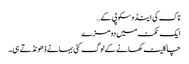
ناک کی اینڈوسکوپی کے…
ایک ٹکٹ میں دو مزے
چاکلیٹ کھانے کے لوگ کئی بہانے ڈھونڈتے ہی۔